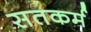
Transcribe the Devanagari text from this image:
सतकर्म